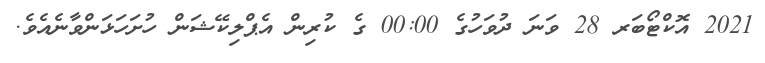
2021 އޮކްޓޯބަރ 28 ވަނަ ދުވަހުގެ 00:00 ގެ ކުރިން އެޕްލިކޭޝަން ހުށަހަޅަންވާނެއެވެ.